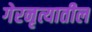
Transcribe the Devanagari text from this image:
गेरनृत्यातील